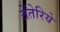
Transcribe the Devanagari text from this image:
तेंतेरिये